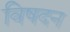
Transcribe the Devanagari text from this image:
विषदन